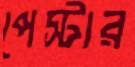
পেস্টার